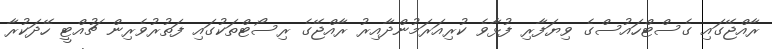
ރާއްޖޭގައި ގެސްޓްހައުސްގެ ވިޔަފާރި ފުޅާވެ ކުރިއަރަމުންދާއިރު ރާއްޖޭގެ ރިސޯޓްތަކުގައި ފަތުރުވެރިން ޗުއްޓީ ހޭދަކުރާ